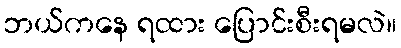
ဘယ်ကနေ ရထား ပြောင်းစီးရမလဲ။